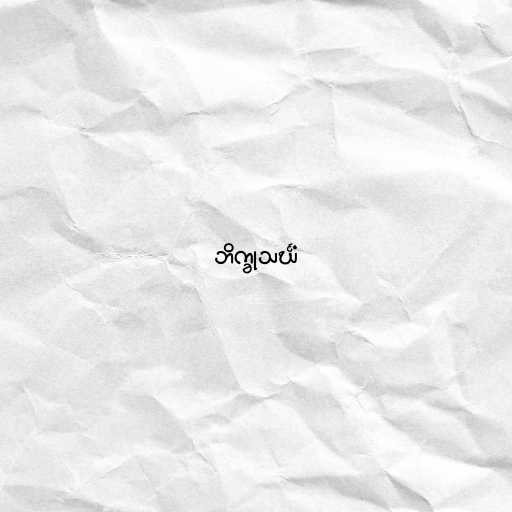
ဘိက္ခုသင်္ဃံ